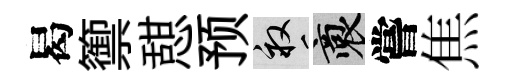
曷籞憇预畝裔嘗焦